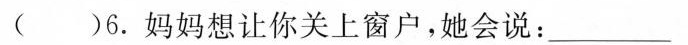
( )6.妈妈想让你关上窗户,她会说: ___